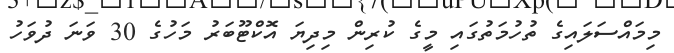
މިމައްސަލައިގެ ތުހުމަތުގައި މީގެ ކުރިން މިދިޔަ އޮކްޓޫބަރު މަހުގެ 30 ވަަނަ ދުވަހު